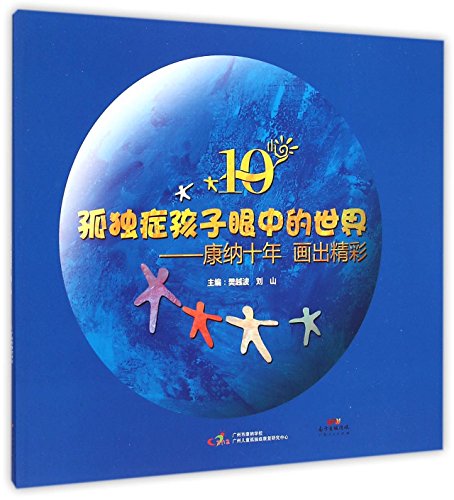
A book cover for The World in the Eyes of Children With Autism (Chinese Edition); Fan Yuebo; Health, Fitness & Dieting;